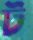
ট